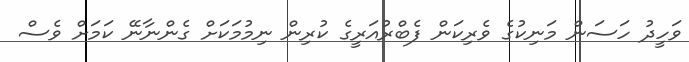
ވަހީދު ހަސަން މަނިކުގެ ވެރިކަން ފެބްރުއަރީގެ ކުރިން ނިމުމަކަށް ގެންނާނޭ ކަމަށް ވެސް